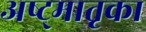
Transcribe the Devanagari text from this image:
अष्ट्मातृका